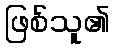
ဖြစ်သူ၏